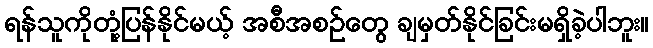
ရန်သူကိုတုံ့ပြန်နိုင်မယ့် အစီအစဉ်တွေ ချမှတ်နိုင်ခြင်းမရှိခဲ့ပါဘူး။